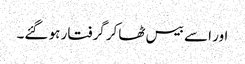
اور اسے بیس ٹھاکر گرفتار ہو گئے۔